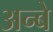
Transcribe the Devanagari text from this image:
अन्बे